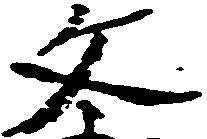
文